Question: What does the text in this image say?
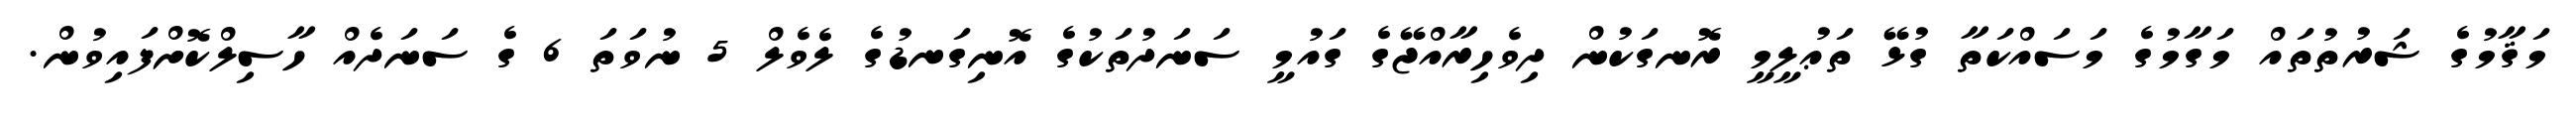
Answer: މަޤާމުގެ ޝަރުތުތައް މަގާމުގެ މަސައްކަތާ ގުޅޭ ތަޢުލީމީ ރޮނގަކުން ދިވެހިރާއްޖޭގެ ގައުމީ ސަނަދުތަކުގެ އޮނިގަނޑުގެ ލެވެލް 5 ނުވަތަ 6 ގެ ސަނަދެއް ހާސިލްކޮށްފައިވުން.